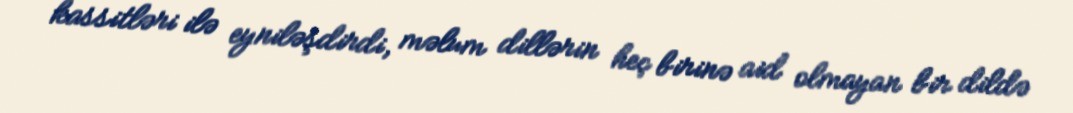
kassitləri ilə eyniləşdirdi, məlum dillərin heç birinə aid olmayan bir dildə